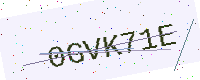
Text: 0GVK71E